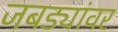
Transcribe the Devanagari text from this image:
जबड्यांवर